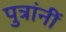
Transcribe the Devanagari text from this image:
पुत्रांनीं